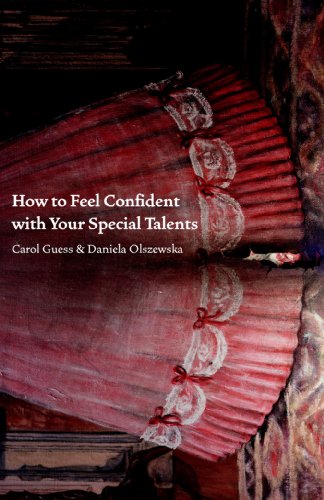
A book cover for How to Feel Confident with Your Special Talents; Carol Guess; Gay & Lesbian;